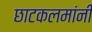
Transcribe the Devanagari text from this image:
छाटकलमांनी